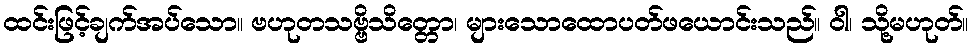
ထင်းဖြင့်ချက်အပ်သော။ ဗဟုတသဗ္ဗိသိတ္တော၊ များသောထောပတ်ဖယောင်းသည်။ ဝါ၊ သို့မဟုတ်။